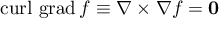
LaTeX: \operatorname { c u r l } \, \operatorname { g r a d } f \equiv \nabla \times \nabla f = \mathbf { 0 }